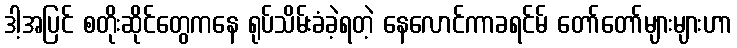
ဒါ့အပြင် စတိုးဆိုင်တွေကနေ ရုပ်သိမ်းခံခဲ့ရတဲ့ နေလောင်ကာခရင်မ် တော်တော်များများဟာ